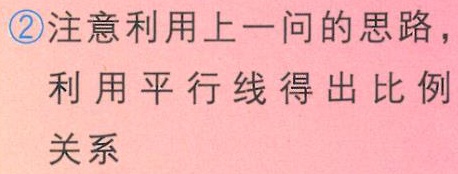
\textcircled{2}注意利用上一问的思路，

利用平行线得出比例

关系